Madras plague regulations and rules for the city of Madras
Disease focus: Plague
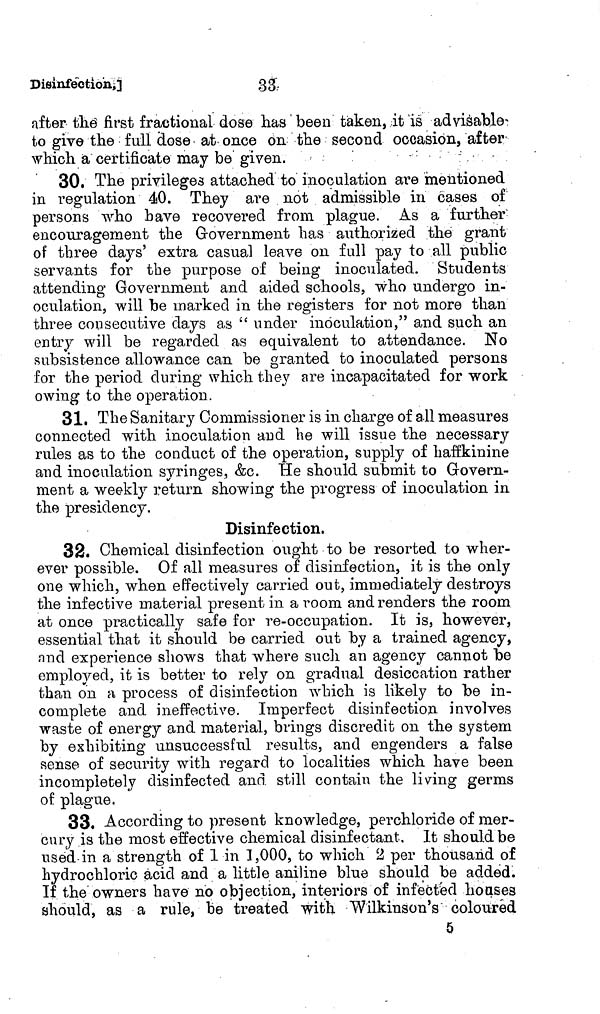
Disinfection,]
33.
after the first fractional dose has been taken, it is advisable-
to give the full dose at once on the second occasion, after
which a certificate may be given.
30. The privileges attached to inoculation are mentioned
in regulation 40. They are not admissible in cases of
persons who bave recovered from plague. As a further
encouragement the Government has authorized the grant
of three days' extra casual leave on full pay to all public
servants for the purpose of being inoculated. Students
attending Government and aided schools, who undergo in-
oculation, will be marked in the registers for not more than
three consecutive days as "under inoculation," and such an
entry will be regarded as equivalent to attendance. No
subsistence allowance can be granted to inoculated persons
for the period during which they are incapacitated for work
owing to the operation.
31. The Sanitary Commissioner is in charge of all measures
connected with inoculation and he will issue the necessary
rules as to the conduct of the operation, supply of haffkinine
and inoculation syringes, &c. He should submit to Govern-
ment a weekly return showing the progress of inoculation in
the presidency.
Disinfection.
32. Chemical disinfection ought to be resorted to wher-
ever possible. Of all measures of disinfection, it is the only
one which, when effectively carried out, immediately destroys
the infective material present in a room and renders the room
at once practically safe for re-occupation. It is, however,
essential that it should be carried out by a trained agency,
and experience shows that where such an agency cannot be
employed, it is better to rely on gradual desiccation rather
than on a process of disinfection which is likely to be in
complete and ineffective. Imperfect disinfection involves
waste of energy and material, brings discredit 011 the system
by exhibiting unsuccessful results, and engenders a false
sense of security with regard to localities which have been
incompletely disinfected and still contain the living germs
of plague.
33. According to present knowledge, perchloride of mer-
cury is the most effective chemical disinfectant. It should be
used in a strength of 1 in 1,000, to which 2 per thousand of
hydrochloric acid and a little aniline blue should be added.
If the owners have no objection, interiors of infected houses
should, as a rule, be treated with Wilkinson's coloured
5